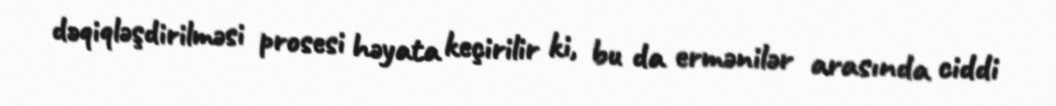
dəqiqləşdirilməsi prosesi həyata keçirilir ki, bu da ermənilər arasında ciddi